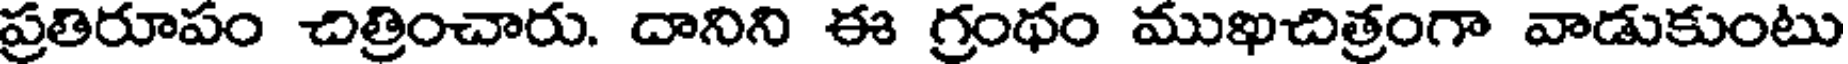
ప్రతిరూపం చిత్రించారు. దానిని ఈ గ్రంథం ముఖచిత్రంగా వాడుకుంటు